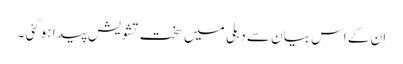
ان کے اس بیان سے دہلی میں سخت تشویش پیدا ہوگئی ۔